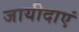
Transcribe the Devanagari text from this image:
जायीदाएं